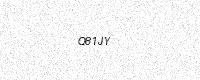
Text: Q81JY